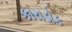
કારાડોક